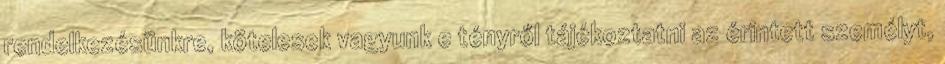
rendelkezésünkre, kötelesek vagyunk e tényről tájékoztatni az érintett személyt,